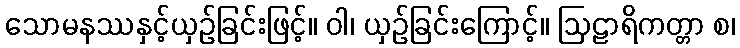
သောမနဿနှင့်ယှဉ်ခြင်းဖြင့်။ ဝါ၊ ယှဉ်ခြင်းကြောင့်။ ဩဠာရိကတ္တာ စ၊